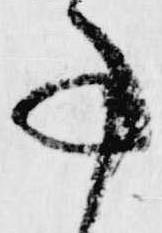
事